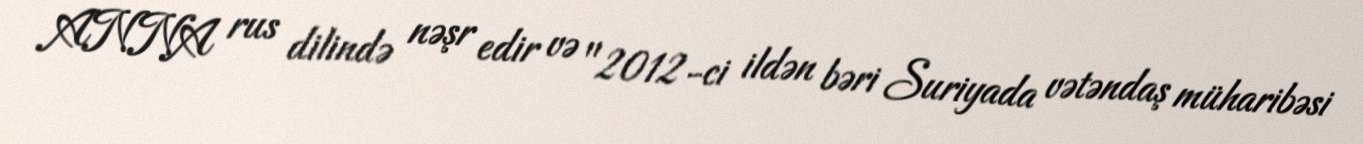
ANNA rus dilində nəşr edir və "2012-ci ildən bəri Suriyada vətəndaş müharibəsi